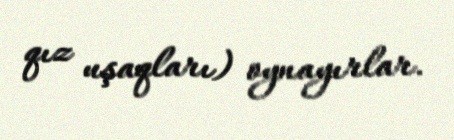
qız uşaqları) oynayırlar.